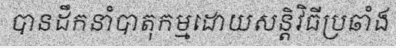
បានដឹកនាំបាតុកម្មដោយសន្តិវិធីប្រឆាំង